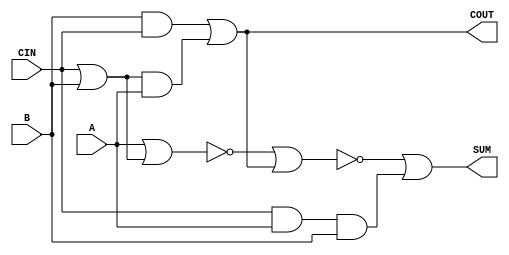
/*
 * Copyright 2020 The SkyWater PDK Authors
 *
 * Licensed under the Apache License, Version 2.0 (the "License");
 * you may not use this file except in compliance with the License.
 * You may obtain a copy of the License at
 *
 *     https://www.apache.org/licenses/LICENSE-2.0
 *
 * Unless required by applicable law or agreed to in writing, software
 * distributed under the License is distributed on an "AS IS" BASIS,
 * WITHOUT WARRANTIES OR CONDITIONS OF ANY KIND, either express or implied.
 * See the License for the specific language governing permissions and
 * limitations under the License.
 *
 * SPDX-License-Identifier: Apache-2.0
*/


`ifndef SKY130_FD_SC_LP__FA_BEHAVIORAL_V
`define SKY130_FD_SC_LP__FA_BEHAVIORAL_V

/**
 * fa: Full adder.
 *
 * Verilog simulation functional model.
 */

`timescale 1ns / 1ps
`default_nettype none

`celldefine
module sky130_fd_sc_lp__fa (
    COUT,
    SUM ,
    A   ,
    B   ,
    CIN
);

    // Module ports
    output COUT;
    output SUM ;
    input  A   ;
    input  B   ;
    input  CIN ;

    // Module supplies
    supply1 VPWR;
    supply0 VGND;
    supply1 VPB ;
    supply0 VNB ;

    // Local signals
    wire or0_out     ;
    wire and0_out    ;
    wire and1_out    ;
    wire and2_out    ;
    wire nor0_out    ;
    wire nor1_out    ;
    wire or1_out_COUT;
    wire or2_out_SUM ;

    //  Name  Output        Other arguments
    or  or0  (or0_out     , CIN, B            );
    and and0 (and0_out    , or0_out, A        );
    and and1 (and1_out    , B, CIN            );
    or  or1  (or1_out_COUT, and1_out, and0_out);
    buf buf0 (COUT        , or1_out_COUT      );
    and and2 (and2_out    , CIN, A, B         );
    nor nor0 (nor0_out    , A, or0_out        );
    nor nor1 (nor1_out    , nor0_out, COUT    );
    or  or2  (or2_out_SUM , nor1_out, and2_out);
    buf buf1 (SUM         , or2_out_SUM       );

endmodule
`endcelldefine

`default_nettype wire
`endif  // SKY130_FD_SC_LP__FA_BEHAVIORAL_V